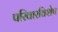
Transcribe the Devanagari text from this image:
परिवारविशेष